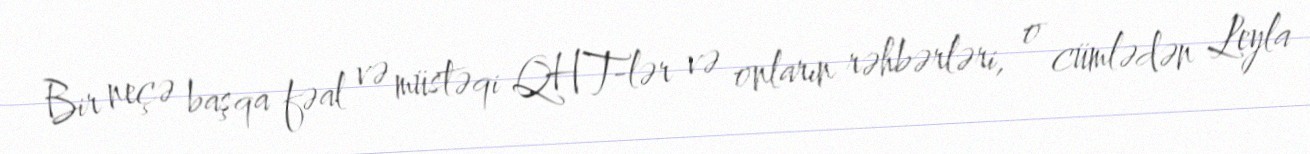
Bir neçə başqa fəal və müstəqi QHT-lər və onların rəhbərləri, o cümlədən Leyla